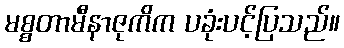
မစ္စတာမီနာဇုကိက ပခုံးပင့်ပြသည်။